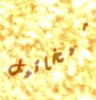
ميخائيل